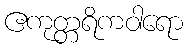
ဧကုတ္တရိကဝါရော